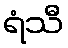
ရံသီ